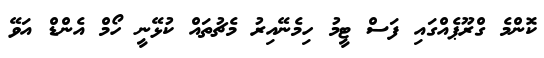
ކޮންމެ ގްރޫޕެއްގައި ފަސް ޓީމު ހިމެނޭއިރު މެޗުތައް ކުޅޭނީ ހޯމް އެންޑް އަވޭ